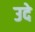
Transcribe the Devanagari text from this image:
उदे